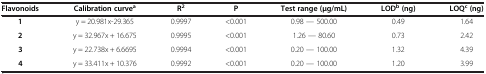
| Flavonoids | Calibration curvea | R2 | P | Test range (μg/mL) | LODb (ng) | LOQc (ng) |
 | --- | --- | --- | --- | --- | --- | --- |
 | 1 | y = 20.981x-29.365 | 0.9997 | <0.001 | 0.98 — 500.00 | 0.49 | 1.64 |
 | 2 | y = 32.967x + 16.675 | 0.9995 | <0.001 | 1.26 — 80.60 | 0.73 | 2.42 |
 | 3 | y = 22.738x + 6.6695 | 0.9994 | <0.001 | 0.20 — 100.00 | 1.32 | 4.39 |
 | 4 | y = 33.411x + 10.376 | 0.9992 | <0.001 | 0.20 — 100.00 | 1.20 | 3.99 |